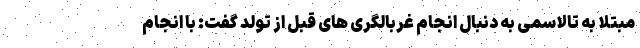
مبتلا به تالاسمی به دنبال انجام غربالگری های قبل از تولد گفت: با انجام